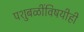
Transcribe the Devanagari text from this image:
पशुबळींविषयीही